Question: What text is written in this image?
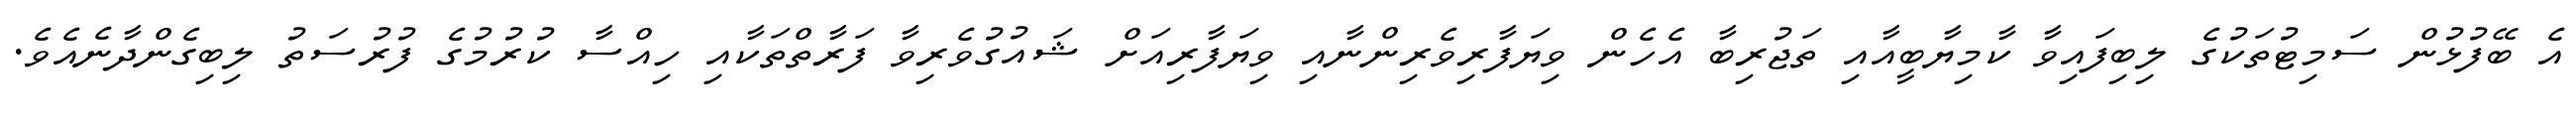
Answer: އެ ބޭފުޅުން ސަމިޓުތަކުގެ ލިބިފައިވާ ކާމިޔާބީއާއި ތަޖުރިބާ އެހެން ވިޔަފާރިވެރިންނާއި ވިޔަފާރިއަށް ޝައުގުވެރިވާ ފަރާތްތަކާއި ހިއްސާ ކުރުމުގެ ފުރުސަތު ލިބިގެންދާނެއެވެ.